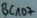
Text: BC107